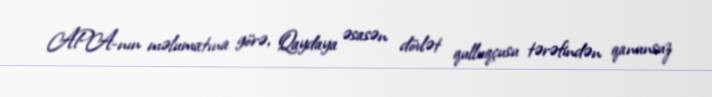
APA-nın məlumatına görə, Qaydaya əsasən dövlət qulluqçusu tərəfindən qanunsuz